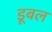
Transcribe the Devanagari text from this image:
डूबल